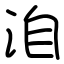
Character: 洎